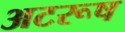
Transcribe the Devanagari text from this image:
अटरूष